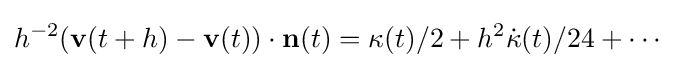
\displaystyle {h^{-2}(\mathbf {v} (t+h)-\mathbf {v} (t))\cdot \mathbf {n} (t)=\kappa (t)/2+h^{2}{\dot {\kappa }}(t)/24+\cdots }